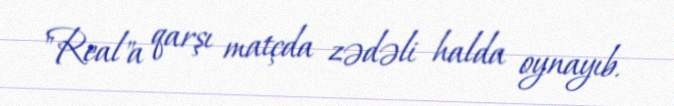
"Real"a qarşı matçda zədəli halda oynayıb.